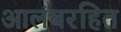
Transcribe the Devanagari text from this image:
आलंबरहित